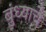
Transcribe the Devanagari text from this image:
बुंध्याचे